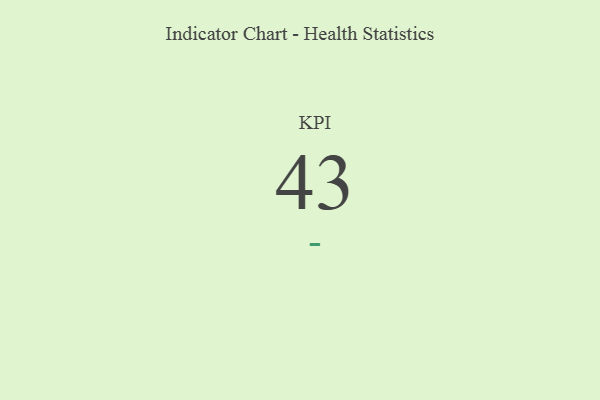
{"axis": {"x": "KPI", "y": "Value"}, "legend": [""], "data": [{"x": "KPI", "y": 43, "type": ""}]}